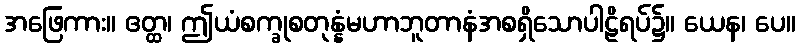
အဖြေကား။ ဧတ္ထ၊ ဤယံစက္ခုစတုန္နံမဟာဘူတာနံအစရှိသောပါဠိရပ်၌။ ယေန၊ ပေ။